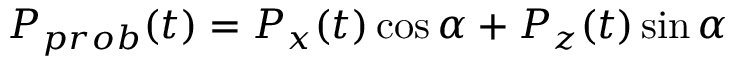
P _ { p r o b } ( t ) = P _ { x } ( t ) \cos \alpha + P _ { z } ( t ) \sin \alpha